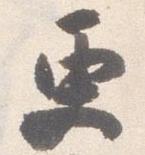
更